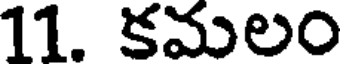
11. కమలం